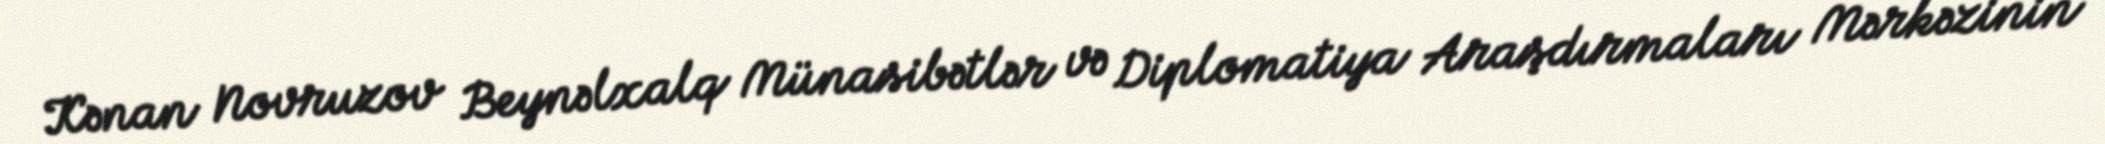
Kənan Novruzov Beynəlxalq Münasibətlər və Diplomatiya Araşdırmaları Mərkəzinin